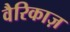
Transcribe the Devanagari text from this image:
वैरिकाज़